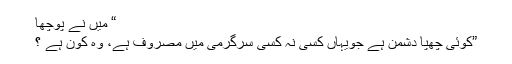
“ میں نے پوچھا
”کوئی چھپا دشمن ہے جویہاں کسی نہ کسی سرگرمی میں مصروف ہے، وہ کون ہے ؟